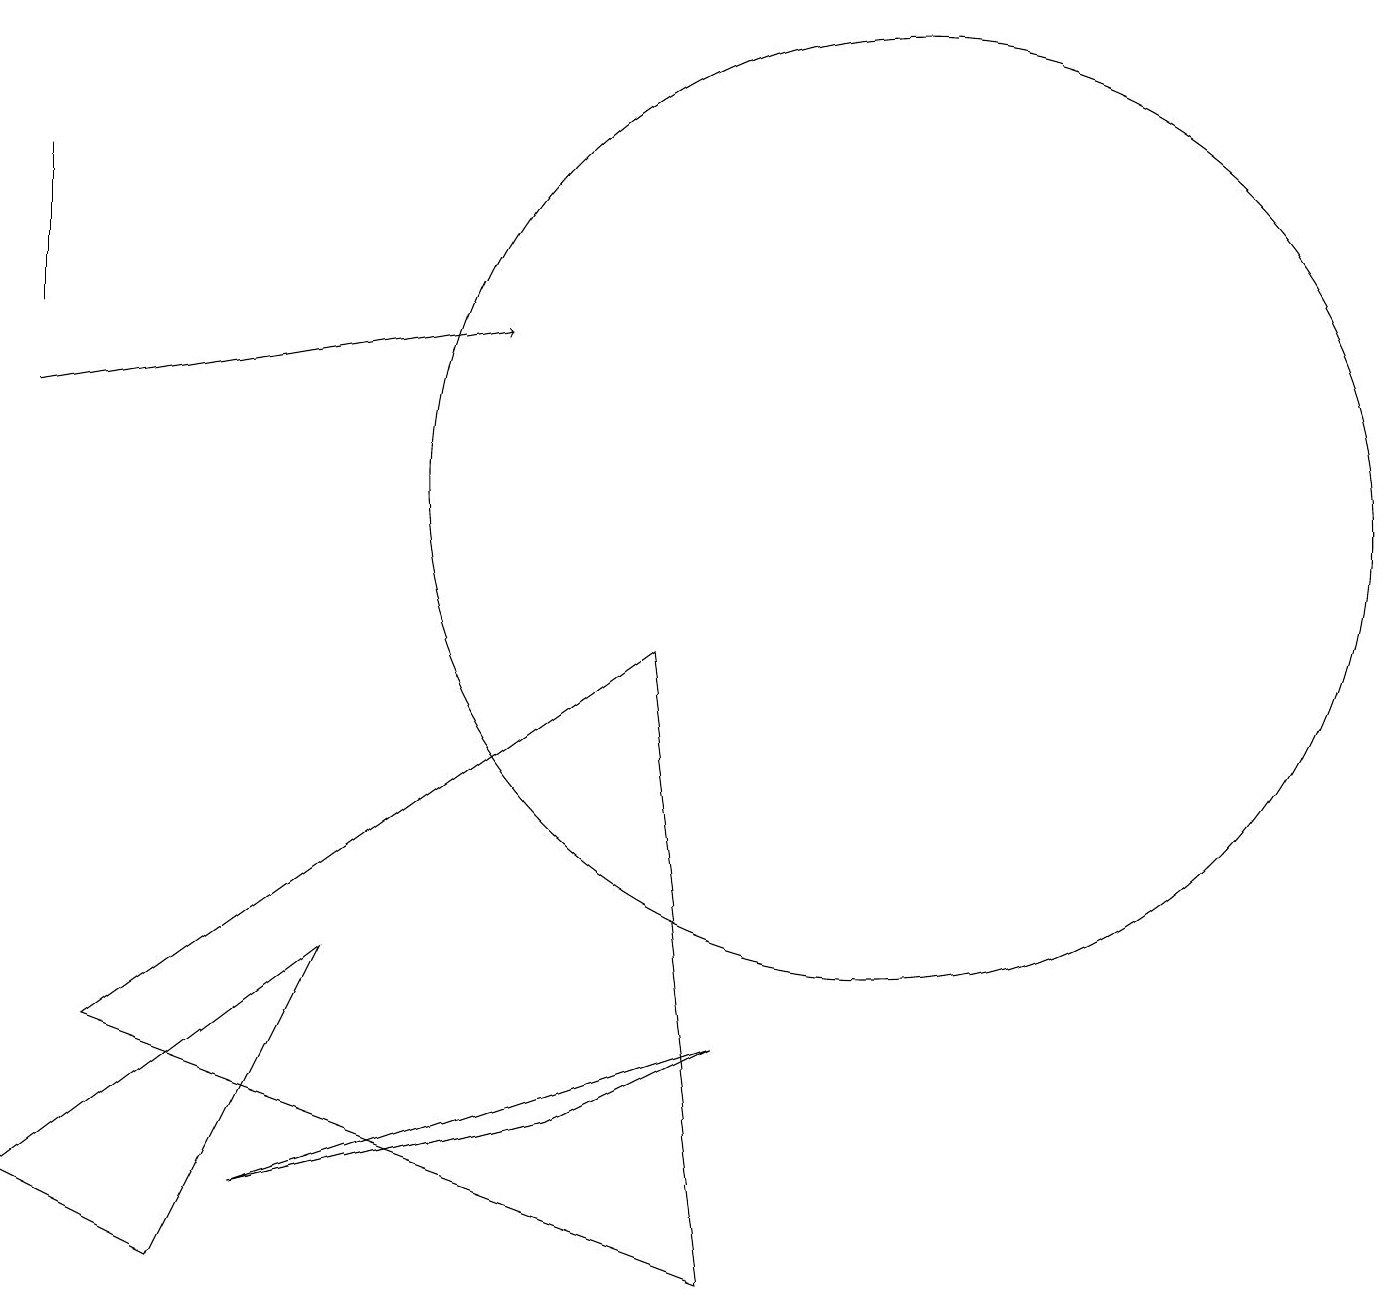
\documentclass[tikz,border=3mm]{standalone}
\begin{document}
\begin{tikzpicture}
\draw (9,0) -- (1,3) -- (8,8) -- cycle;
\draw[->] (0,11) -- (6,12);
\draw (11,10) circle (6);
\draw (0,12) rectangle (0,14);
\draw (9,3) -- (7,2) -- (3,1) -- cycle;
\draw (4,4) -- (0,1) -- (2,0) -- cycle;
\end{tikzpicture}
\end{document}